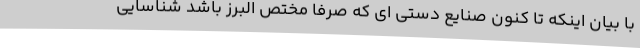
با بیان اینکه تا کنون صنایع دستی ای که صرفا مختص البرز باشد شناسایی